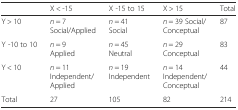
<table><thead><tr><td></td><td><b>X &lt; -15</b></td><td><b>X -15 to 15</b></td><td><b>X &gt; 15</b></td><td><b>Total</b></td></tr></thead><tbody><tr><td>Y &gt; 10</td><td><i>n</i> = 7 Social/Applied</td><td><i>n</i> = 41 Social</td><td><i>n</i> = 39 Social/Conceptual</td><td>87</td></tr><tr><td>Y -10 to 10</td><td><i>n</i> = 9 Applied</td><td><i>n</i> = 45 Neutral</td><td><i>n</i> = 29 Conceptual</td><td>83</td></tr><tr><td>Y &lt; 10</td><td><i>n</i> = 11 Independent/Applied</td><td><i>n</i> = 19 Independent</td><td><i>n</i> = 14 Independent/Conceptual</td><td>44</td></tr><tr><td>Total</td><td>27</td><td>105</td><td>82</td><td>214</td></tr></tbody></table>